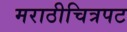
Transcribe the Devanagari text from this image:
मराठीचित्रपट